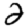
Digit: 2